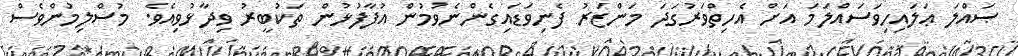
ޞައްލަ ޢަލައިހިވަސައްލަމަ އަށް އެހިތްވަރުގަދަ މަންޒަރު ފެނިވަޑައިގެންނެވުމުން އުފާފުޅުން ތަކުބީރު ވިދާޅުވިއެވެ. މުސްލިމުންވެސް